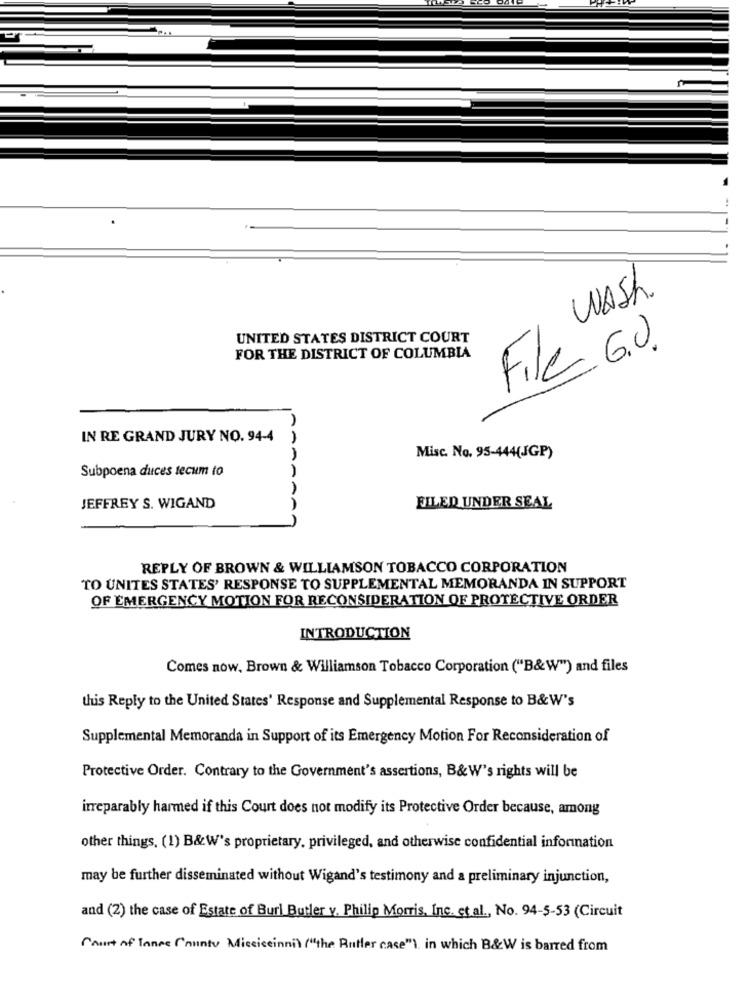
WASH
UNITED STATES DISTRICT COURT
File G.O.
FOR THE DISTRICT OF COLUMBIA
IN RE GRAND JURY NO. 94-4
Misc. No. 95-444(JGP)
Subpoena duces tecum to
JEFFREY S. WIGAND
AA
FILED UNDER SEAL
REPLY OF BROWN & WILLIAMSON TOBACCO CORPORATION
TO UNITES STATES' RESPONSE TO SUPPLEMENTAL MEMORANDA IN SUPPORT
OF EMERGENCY MOTION FOR RECONSIDERATION OF PROTECTIVE ORDER
INTRODUCTION
Comes now, Brown & Williamson Tobacco Corporation ("B&W") and files
this Reply to the United States' Response and Supplemental Response to B&W's
Supplemental Memoranda in Support of its Emergency Motion For Reconsideration of
Protective Order. Contrary to the Government's assertions, B& W's rights will be
irreparably harmed if this Court does not modify its Protective Order because, among
other things. (1) B&W's proprietary, privileged, and otherwise confidential information
may be further disseminated without Wigand's testimony and a preliminary injunction,
and (2) the case of Estate of Burl Butler v. Philip Morris, Inc. et.al ., No. 94-5-53 (Circuit
Court of lane ('nuntv Micciceinni) ("the Rutler case"). in which B&W is barred from